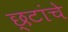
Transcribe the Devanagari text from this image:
छ्टांचे